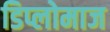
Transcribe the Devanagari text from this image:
डिप्लोमाज